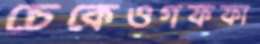
চেকেওগফফা